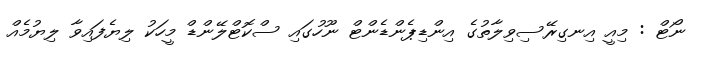
ނޯޓް : މިއީ އިނގިރޭސިވިލާތުގެ އިންޑިޕެންޑެންޓް ނޫހުގައި ސްކޮޓްލޭންޑް މީހަކު ލިޔެފައިވާ ލިޔުމެއް